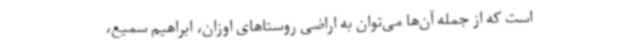
است که از جمله آن‌ها می‌توان به اراضی روستاهای اوزان، ابراهیم سمیع،